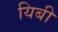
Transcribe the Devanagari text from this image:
यिबी